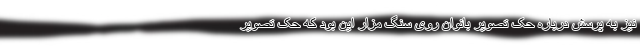
نیز به پرسش درباره حک تصویر بانوان روی سنگ مزار این بود که حک تصویر